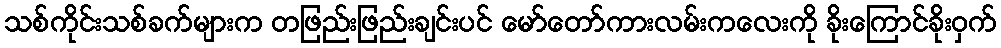
သစ်ကိုင်းသစ်ခက်များက တဖြည်းဖြည်းချင်းပင် မော်တော်ကားလမ်းကလေးကို ခိုးကြောင်ခိုးဝှက်